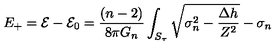
E _ { + } = \mathcal { E } - \mathcal { E } _ { 0 } = \frac { ( n - 2 ) } { 8 \pi G _ { n } } \int _ { S _ { \tau } } \sqrt { \sigma _ { n } ^ { 2 } - \frac { \Delta h } { Z ^ { 2 } } } - \sigma _ { n }